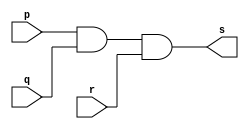
// ------------------------- 
// Exemplo0013 - AND 
// Nome: Eduardo de Figueiredo Junior 
// ------------------------- 
// ------------------------- 
// -- and gate 
// ------------------------- 
module andgate ( output s, input p, input q, input r); 
assign s = p & q & r; 
endmodule // andgate 
// --------------------- 
// -- test and gate 
// --------------------- 
module testandgate; 
// ------------------------- dados locais 
reg a, b, c; // definir registradores 
wire s; // definir conexao (fio) 
// ------------------------- instancia 
andgate AND1 (s, a, b, c); 
// ------------------------- preparacao 
initial begin:start 
// atribuicao simultanea 
// dos valores iniciais 
a=0; b=0; c=0; 
end 
// ------------------------- parte principal 
initial begin 
$display("Exemplo0013 - Eduardo de Figueiredo Junior - 451550"); 
$display("Test AND gate"); 
$display("\na & b & c = s\n"); 
#1 a=0; b=0; c=0;
 $monitor("%b & %b & %b = %b", a, b, c, s); 
#1 a=0; b=0; c=1;
#1 a=0; b=1; c=0;
#1 a=0; b=1; c=1;
#1 a=1; b=0; c=0;
#1 a=1; b=0; c=1;
#1 a=1; b=1; c=0;
#1 a=1; b=1; c=1;
end 
endmodule // testandgate